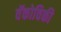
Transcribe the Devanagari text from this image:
वॅकोविकी